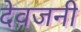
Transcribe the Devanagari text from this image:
देवजनी